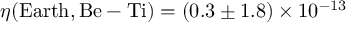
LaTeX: \eta ( { \mathrm { E a r t h } } , { \mathrm { B e - T i } } ) = ( 0 . 3 \pm 1 . 8 ) \times 1 0 ^ { - 1 3 }